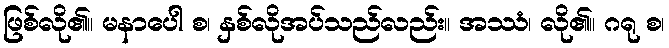
ဖြစ်လို၏။ မနာပေါ စ၊ နှစ်လိုအပ်သည်လည်း။ အဿံ၊ လို၏။ ဂရု စ၊